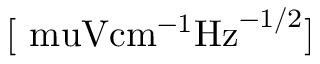
[ \mathrm { \ m u V { c m } ^ { - 1 } { H z } ^ { - 1 / 2 } } ]